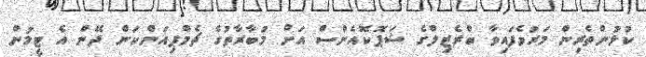
ކުޅުންތެރިން މަރުވެފައިވާ ބްރެޒިލްގެ ޝަޕޮކޮއެންސް އަށް މުބާރާތުގެ ޗެމްޕިއަންކަން ދޭން އެ ޓީމުން